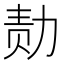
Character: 𪟝